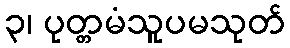
၃၊ ပုတ္တမံသူပမသုတ်